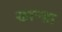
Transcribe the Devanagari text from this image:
खाऱ्य़ा